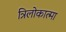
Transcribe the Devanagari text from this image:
त्रिलोकात्मा